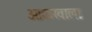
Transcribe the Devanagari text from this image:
ओळखाला